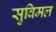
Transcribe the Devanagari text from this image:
सुविमल